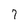
Character: 7